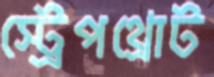
স্ট্রেপথ্রোট